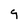
Character: q